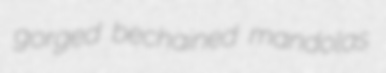
gorged bechained mandolas